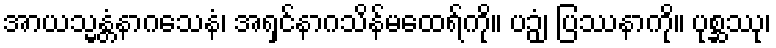
အာယသ္မန္တံနာဂသေနံ၊ အရှင်နာဂသိန်မထေရ်ကို။ ပဉှံ၊ ပြဿနာကို။ ပုစ္ဆဿု၊